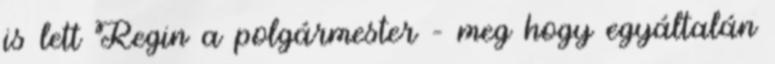
is lett Regin a polgármester – meg hogy egyáltalán